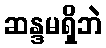
ဆန္ဒမရှိဘဲ